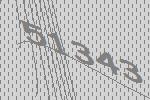
51343